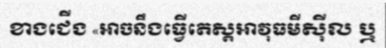
ខាងជើង «អាចនឹងធ្វើតេស្តអាវុធមីស៊ីល ឬ